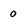
Character: 0